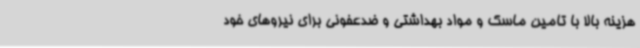
هزینه بالا با تامین ماسک و مواد بهداشتی و ضدعفونی برای نیروهای خود